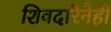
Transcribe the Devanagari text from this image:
शिवदारेनेही